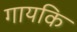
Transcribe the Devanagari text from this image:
गायकि